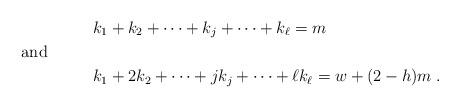
LaTeX: \begin{align*} & k_1+ k_2 + \cdots + k_j + \cdots + k_{\ell} = m \\ \noalign{and} & k_1 + 2 k_2 + \cdots + j k_j + \cdots + \ell k_{\ell} = w + (2-h) m \;. \end{align*}